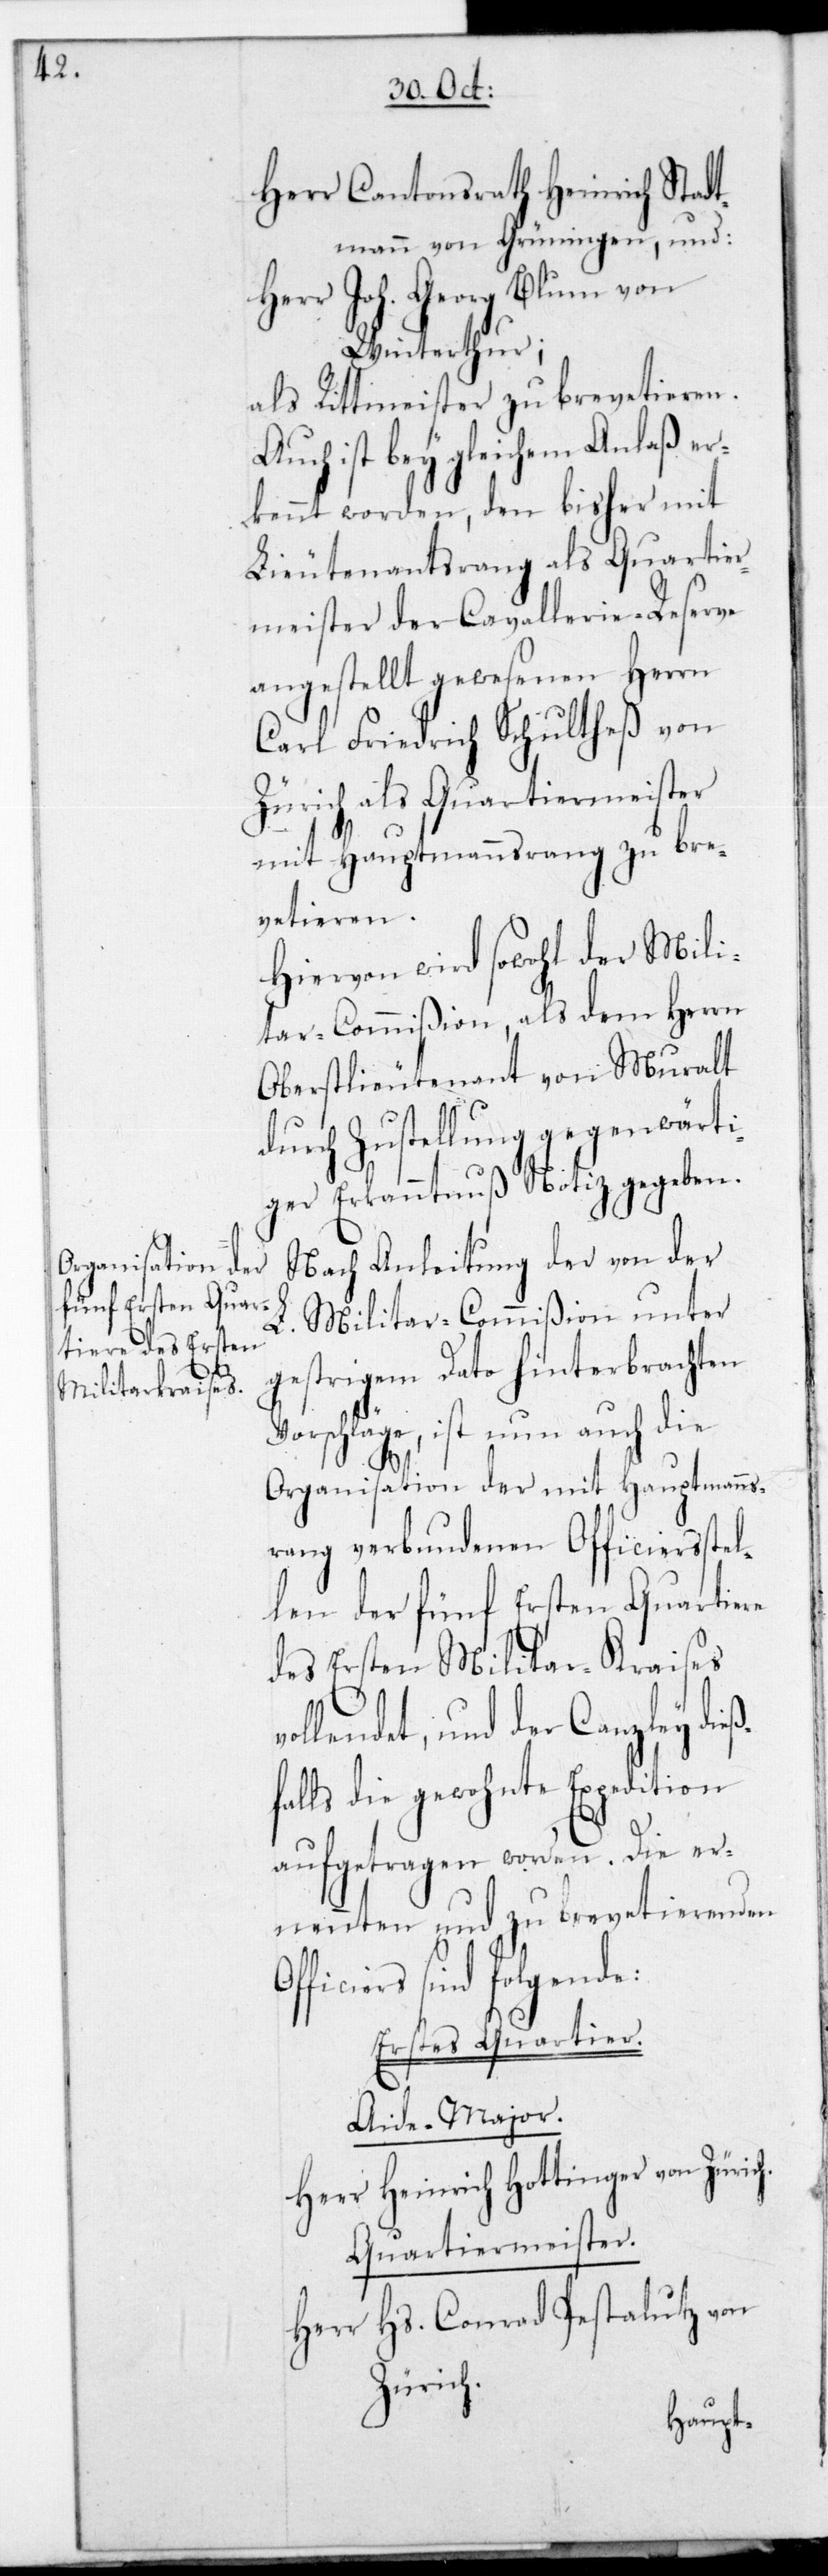
Herr Cantonsrath Heinrich Stadt¬
mann von Grüningen, und
Herr Joh. Georg Blum von
Winterthur;
als Rittmeister zu brevetieren.
Auch ist bey gleichem Anlaß er¬
kennt worden, den bisher mit
Lieutenantsrang als Quartier¬
meister der Cavallerie-Reserve
angestellt gewesenen Herrn
Carl Friedrich Schultheß von
Zürich als Quartiermeister
mit Hauptmannsrang zu bre¬
vetieren.
Hiervon wird sowohl der Mili¬
tar-Commißion als dem Herrn
Oberstlieutenant von Muralt
durch Zustellung gegenwärti¬
ger Erkanntnuß Notiz gegeben.
Nach Anleitung der von der
Militar-Commißion unter
h.
gestrigem Dato hinterbrachten
Vorschläge, ist nun auch die
Organisation der mit Hauptmanns¬
rang verbundenen Officiersstel¬
len der fünf Ersten Quartiere
des ersten Militar-Kraises
lendet, und der Canzley di¬
falls die gewohnte Expedition
aufgetragen worden. Die er¬
nennten und zu brevetierenden
ficiers sind folgende:
Erstes Quartier.
Aide-Major.
Herr Heinrich Hottinger von Züric¬
Quartiermeister.
Herr Hs. Conrad Pestalutz von
Zürich.